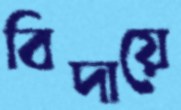
বিদায়ে